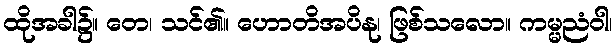
ထိုအခါ၌။ တေ၊ သင်၏။ ဟောတိအပိနု၊ ဖြစ်သလော။ ကမ္မညံဝါ၊